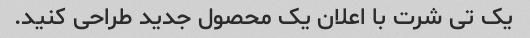
یک تی شرت با اعلان یک محصول جدید طراحی کنید.